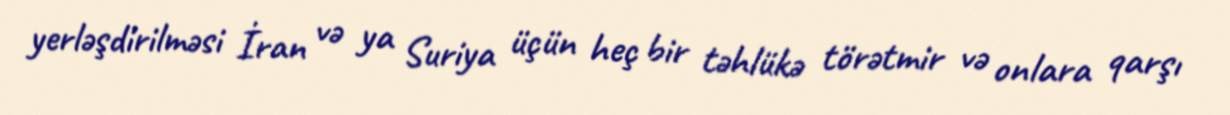
yerləşdirilməsi İran və ya Suriya üçün heç bir təhlükə törətmir və onlara qarşı